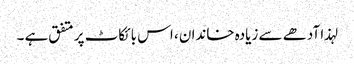
لہذا آدھے سے زیادہ خاندان ، اس بائکاٹ پر متفق ہے ۔